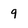
Character: 9